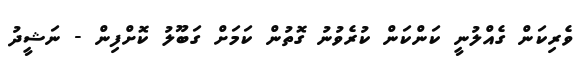
ވެރިކަން ގެއްލުނީ ކަންކަން ކުރެވުނު ގޮތުން ކަމަށް ގަބޫލު ކޮށްފިން - ނަޝީދު